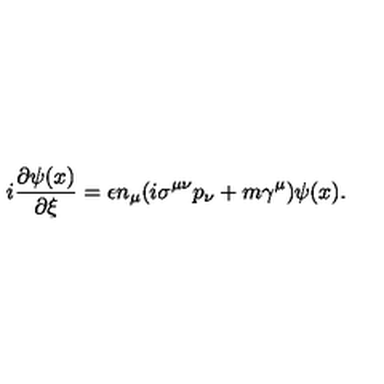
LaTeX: i \frac { \partial \psi ( x ) } { \partial \xi } = \epsilon n _ { \mu } ( i \sigma ^ { \mu \nu } p _ { \nu } + m \gamma ^ { \mu } ) \psi ( x ) .